Proceedings of the meeting of veterinary officers in India
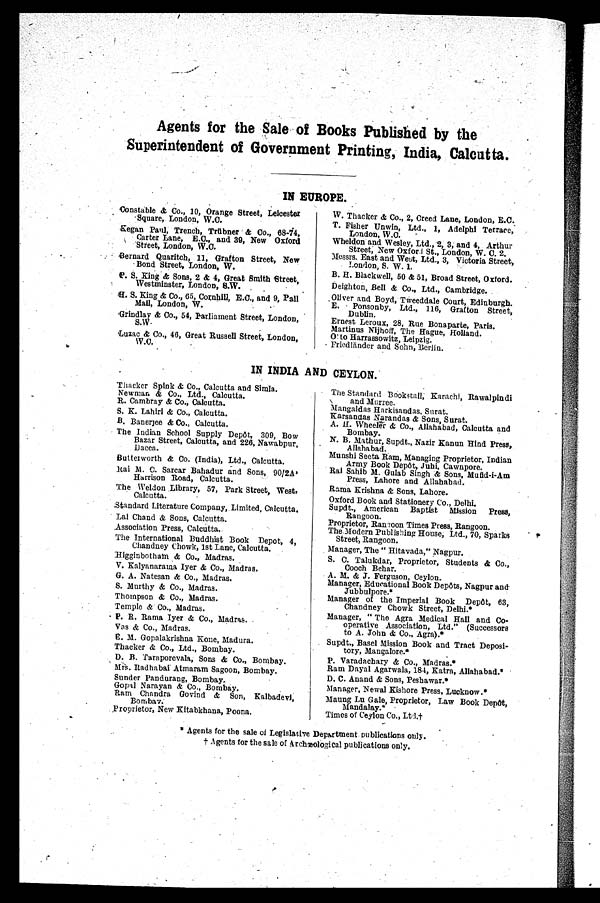
Agents for the Sale of Books Published by the
Superintendent of Government Printing, India, Calcutta.
IN EUROPE.
Constable & Co., 10, Orange Street, Leicester
Square, London, W.O.
Kegan Paul, Trench, Trübner & Co., 68-74,
Carter Lane, E.O., and 39, New Oxford
Street, London, W.O.
Bernard Quaritch, 11, Grafton Street, New
Bond Street, London, W.
P. S. King & Sons, 2 & 4, Great Smith Street,
Westminster, London, S.W.
H. S. King & Co., 65, Cornhill, E.C., and 9, Pall
Mall, London, W.
Grindlay & Co., 54, Parliament Street, London,
S.W
Luzac & Co., 46, Great Russell Street, London,
W.O.
W. Thacker & Co., 2, Creed Lane, London, E.C.
T. Fisher Unwin, Ltd., 1, Adelphi Terrace,
London, W.O.
Wheldon and Wesley, Ltd., 2, 3, and 4, Arthur
Street, New Oxfor St., London, W. C. 2.
Messrs. East and Weut, Ltd., 3, Victoria Street,
London, S. W. 1.
B. H. Blackwell, 60 & 51, Broad Street, Oxford.
Deighton, Bell & Co., Ltd., Cambridge.
Oliver and Boyd, Tweeddale Court, Edinburgh.
E.
Ponsonby, Ltd., 116, Grafton Street,
Dublin.
Ernest Leroux, 28, Rue Bonaparte, Paris.
Martinus Nijhoff, The Hague, Holland.
O to Harrassowitz, Leipzig.
Friedländer and Sohn, Berlin.
IN INDIA AND CEYLON.
Thacker Spink & Co., Calcutta and Simla.
Newman & Co., Ltd., Calcutta.
R. Cambray & Co., Calcutta.
S. K. Lahiri & Co., Calcutta.
B. Banerjee & Co., Calcutta.
The Indian School Supply Depôt, 309, Bow
Bazar Street, Calcutta, and 226, Nawabpur,
Dacca.
Butterworth & Co. (India), Ltd., Calcutta.
Kai M. C. Sarcar Bahadur and Sons, 90/2A'
Harrison Road, Calcutta.
The Weldon Library, 57, Park Street, West,
Calcutta.
Standard Literature Company, Limited, Calcutta.
Lal Chand & Sons, Calcutta.
Association Press, Calcutta.
The International Buddhist Book Depot, 4,
Chandney Chowk, 1st Lane, Calcutta.
Higginbotham & Co., Madras.
V. Kalyanarama Iyer & Co., Madras.
G. A. Natesan & Co., Madras.
S. Murthy & Co., Madras.
Thompson & Co., Madras.
Temple & Co., Madras.
P. R. Rama Iyer & Co., Madras.
Vas & Co., Madras.
E. M. Gopalakrishna Kone, Madura.
Thacker & Co., Ltd., Bombay.
D. B. Taraporevala, Sons & Co., Bombay.
Mrs. Radhabai Atmaram Sagoon, Bombay.
Sunder Pandurang, Bombay.
Gopal Narayan & Co., Bombay.
Ram Chandra Govind & Son, Kalbadevi,
Bombay.
Proprietor, New Kitabkhana, Poona.
The Standard Bookstall, Karachi, Rawalpindi
and Murree.
Mangaldas Harkisandas, Surat.
Karsandas Narandas & Sons, Surat.
A. II. Wheeler & Co., Allahabad, Calcutta and
Bombay.
N. B. Mathur, Supdt., Nazir Kanun Hind Press,
Allahabad.
Munshi Seeta Ram, Managing Proprietor, Indian
Army Book Depôt, Juhi, Cawnpore.
Rai Sahib M. Gulab Singh & Sons, Mufld-i-Am
Press, Lahore and Allahabad.
Rama Krishna & Sons, Lahore.
Oxford Book and Stationery Co., Delhi.
Supdt., American Baptist Mission Press,
Rangoon.
Proprietor, Rangoon Times Press, Rangoon.
The Modern Publishing House, Ltd., 70, Sparks
Street, Rangoon.
Manager, The "Hitavada," Nagpur.
S. C. Talukdar, Proprietor, Students & Co.,
Cooch Behar.
A. M. & J. Ferguson, Ceylon.
Manager, Educational Book Depôts, Nagpur and
Jubbulpore.*
Manager of the Imperial Book Depôt, 63,
Chandney Chowk Street, Delhi.*
Manager, "The Agra Medical Hall and Co-
operative Association, Ltd." (Successors
to A. John & Co., Agra).*
Supdt., Basel Mission Book and Tract Deposi-
tory, Mangalore.*
P. Varadachary & Co., Madras.*
Ram Dayal Agarwala, 184, Katra, Allahabad.*
D. C. Anand & Sons, Peshawar.*
Manager, Newal Kishore Press, Lucknow.*
Maung Lu Gale, Proprietor, Law Book Depôt,
Mandalay.*
Times of Ceylon Co., Ltd.†
* Agents for the sale of Legislative Department publications only.
† Agents for the sale of Archæological publications only.